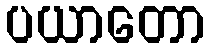
ပယာတော